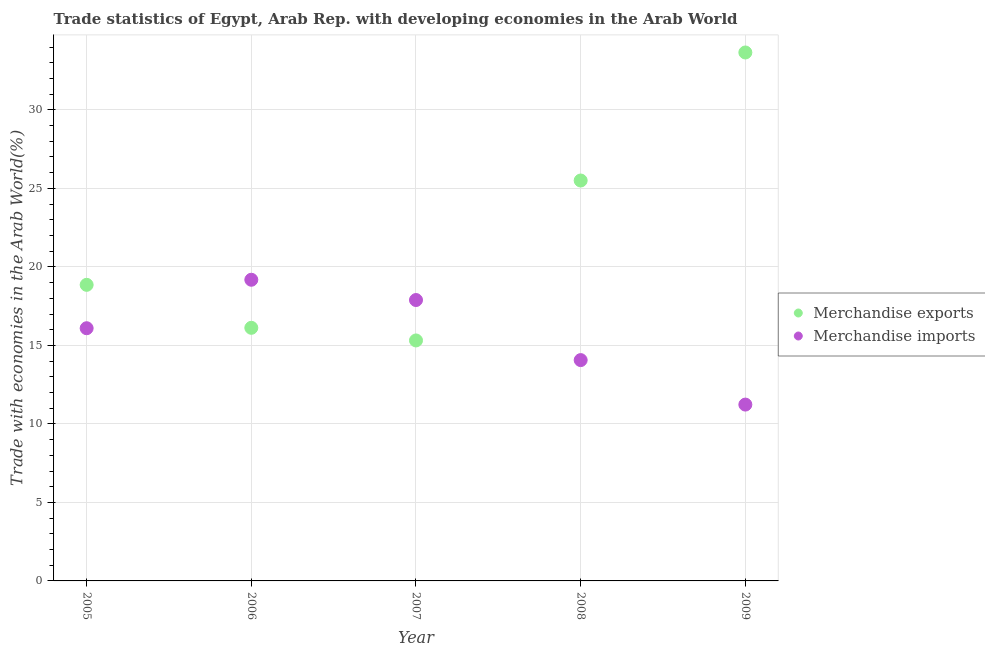
| Year | Merchandise exports | Merchandise imports |
 | --- | --- | --- |
 | 2005 | 18.9 | 16.1 |
 | 2006 | 16.1 | 19.2 |
 | 2007 | 15.3 | 17.9 |
 | 2008 | 25.5 | 14.1 |
 | 2009 | 33.7 | 11.2 |